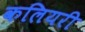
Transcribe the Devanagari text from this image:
कलियरी